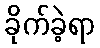
ခိုက်ခဲ့ရာ